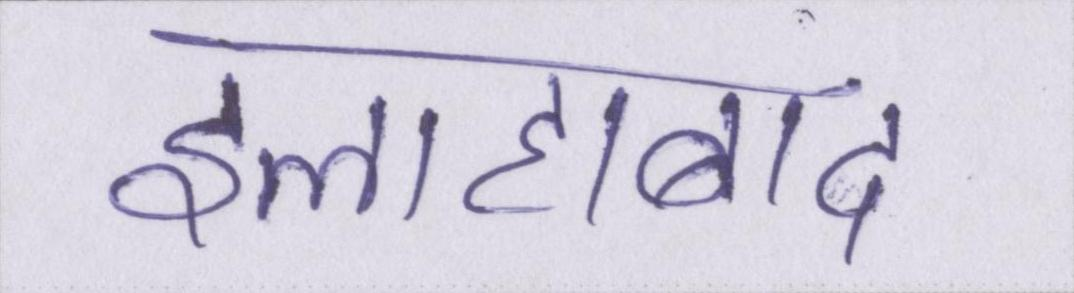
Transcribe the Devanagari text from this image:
इलाहाबाद